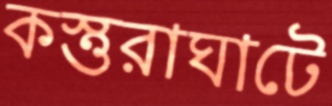
কস্তুরাঘাটে